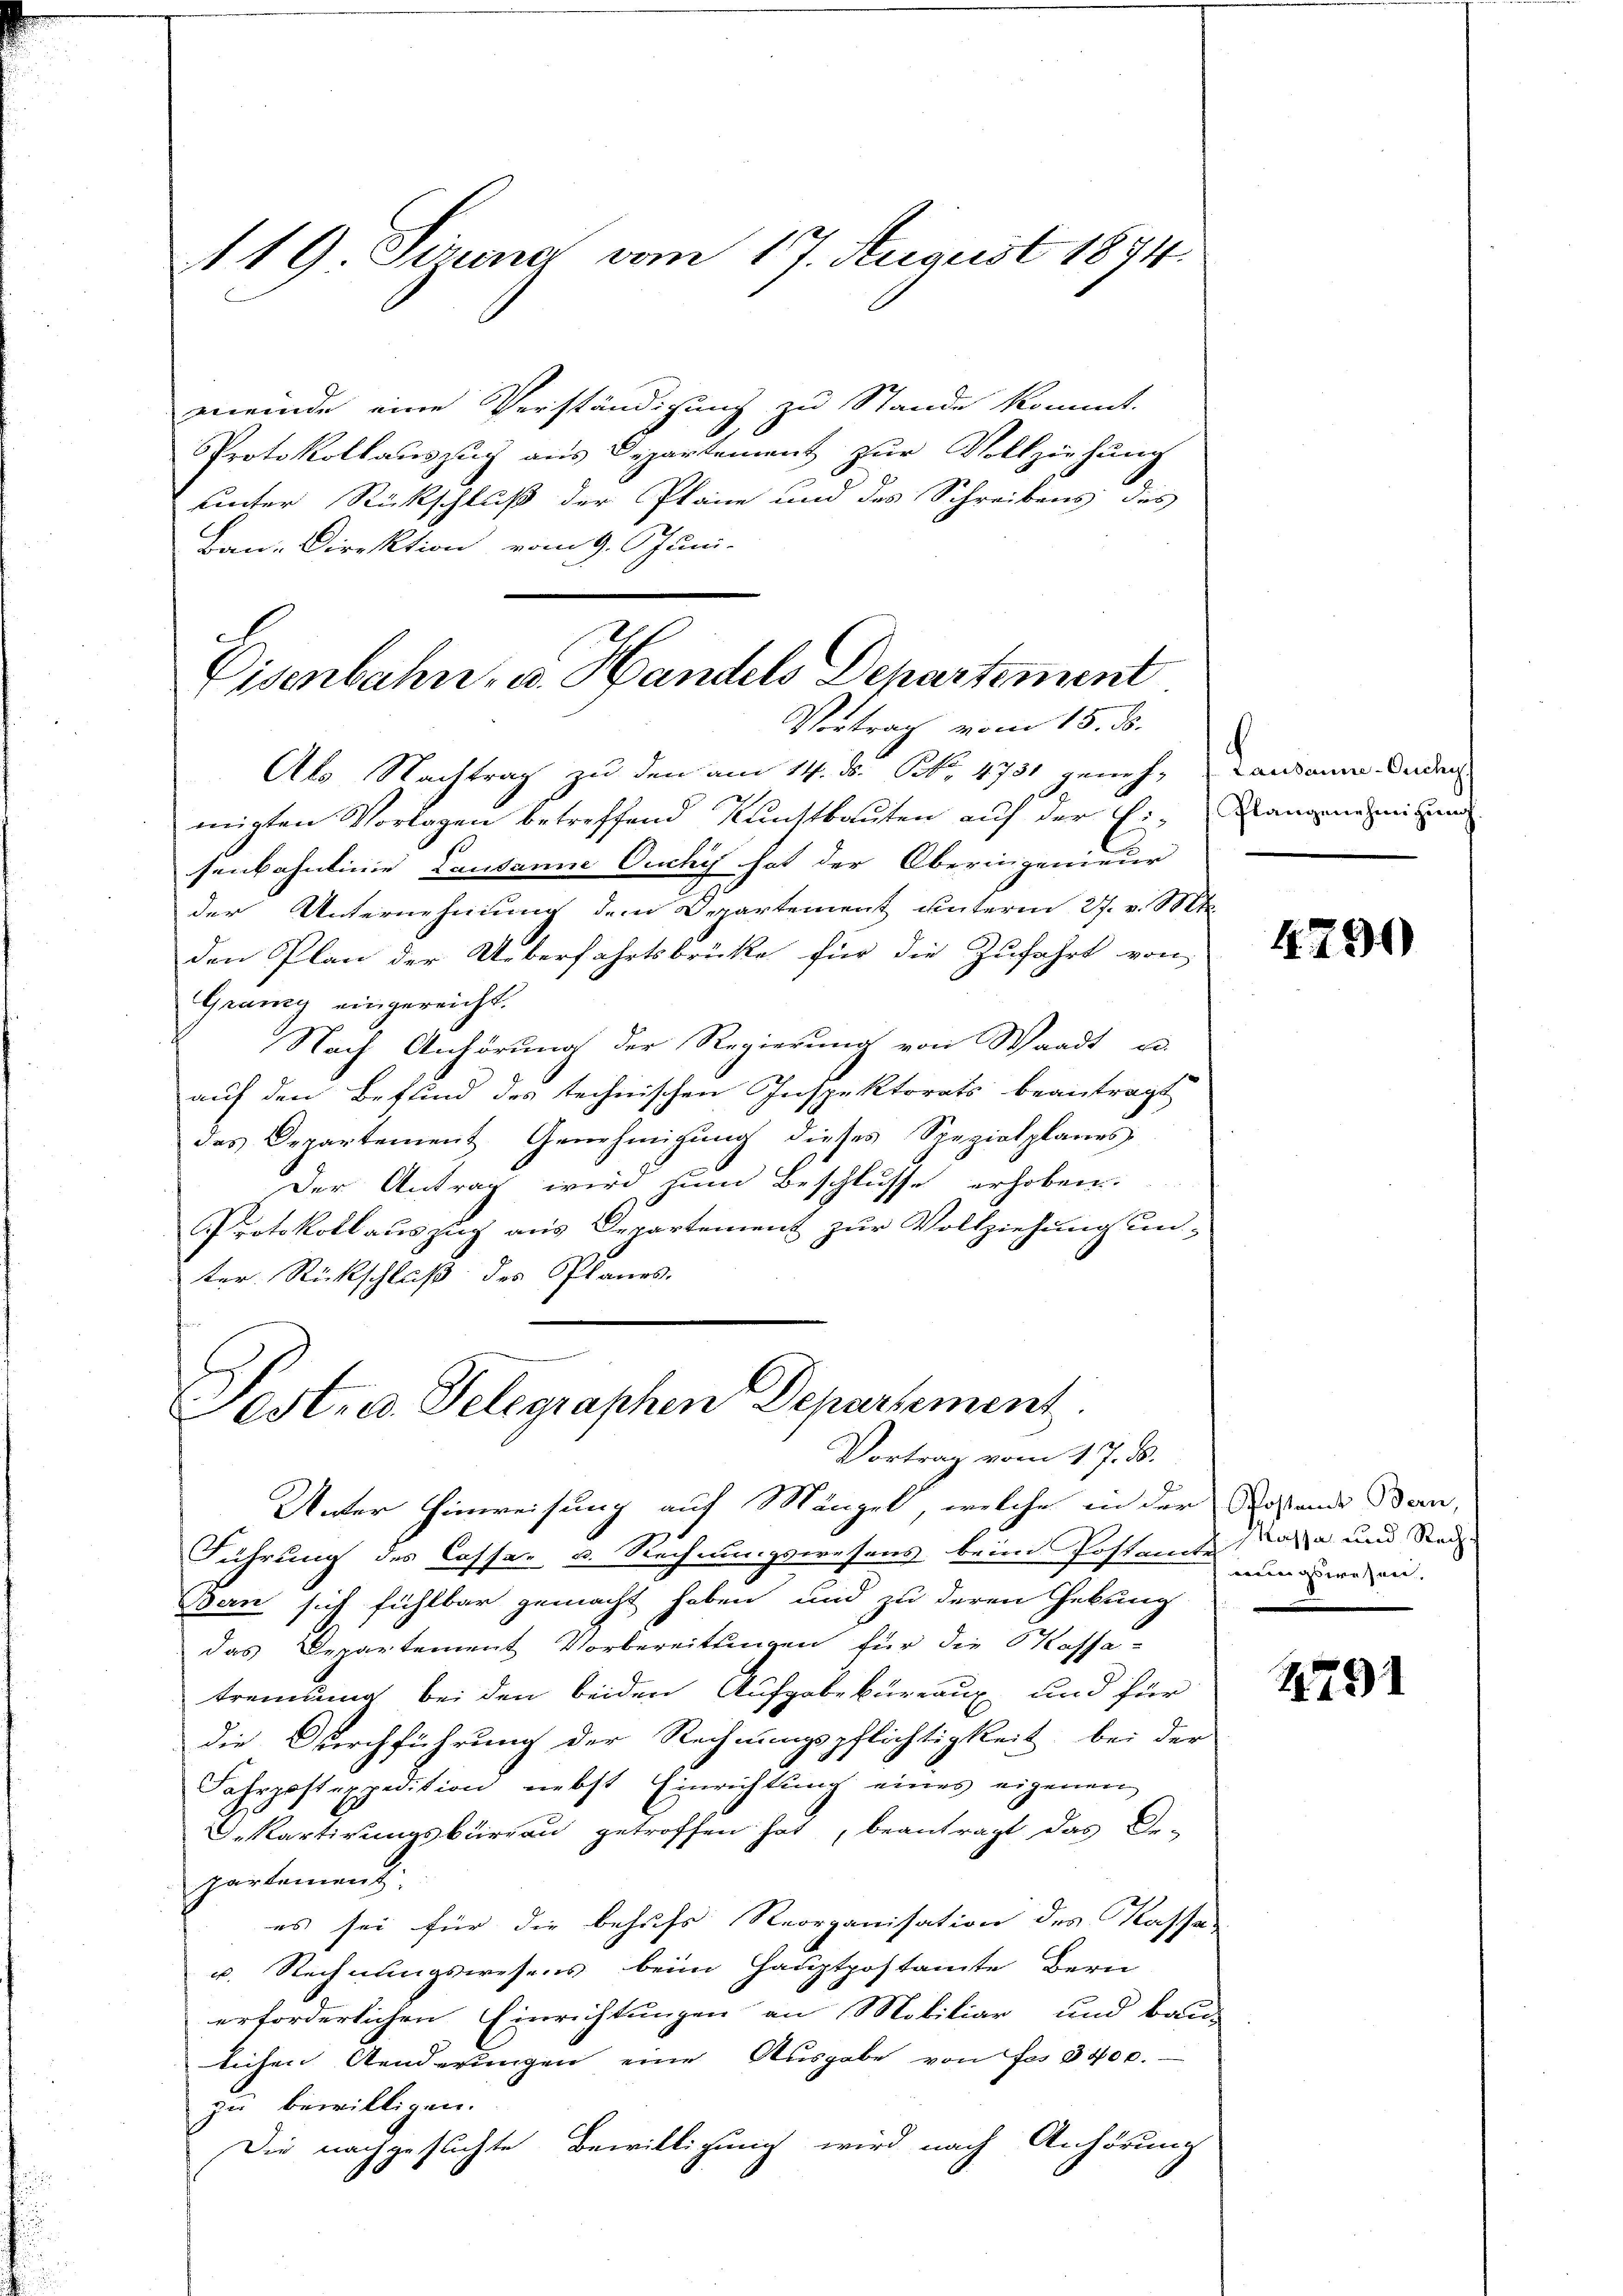
A 19. Siuna vom 17. August 1874.

meinde eine Verständigung zu Stande kommt.
Protokollauszug aus Departement zur Vollziehung
uinter Rückschluß der Pläne und des Schreibens des
Ban-Direktion vom 9. Juni-
Eisenbahn. v. Handels Departement

Vortrag vom 15. ds.

Ab Nachtrag zu den am 14. d. Pr. 4731 geneh- Landann Beden
migten Vorlagen betreffend Kunstbauten auf der Ei-Mangenehmigun
senbahnlinie Lausanne Ouchy hat der Oberingenieur
der Unternehmung dem Departement unterm 27. v. Mts.
den Plan der Ueberfahrtsbrücke für die Zufahrt von
Grany eingereicht.
Nach Anhörung der Regierung von Waadt u.
auf den Befund des technischen Inspektorats beantragt
des Departement Genehmigung dieses Spezialplanes
Der Antrag wird zum Beschlusse erhoben.
Protokoll auszug aus Departement zur Vollziehung un-
ter Rückschluß des Planes.

Sost. c. Telegraphen Departement.
Vortrag vom 17. ds.

Unter Hinweisung auf Mängel, welche in der Rostand Bern,
Führung des Cassar u. Rechnungswesens beim Postande an und Reise
Bern sich fühlbar gemacht haben und zu deren Gebung
das Departement Vorbereitungen für die Kassa-
trennung bei den beiden Aufgabe kureaux und für
die Durchführung der Rechnungspflichtigkeit, bei der
Fahrpostexpedition nebst Einrichtung eines eigenen
Departirungsbüreau getroffen hat, beantragt das Or-
partement
es sei für die behufs Reorganisation des Kassa-
u. Rechnungswesens beim Hauptpostamte Bern
erforderlichen Einrichtungen an Mobiliar und bau-
lichen Aenderungen eine Ausgabe von fes 3400.
 bewilligen.
Die nachgesuchte Bewilligung wird nach Anhörung

4790

mungswesen,

1291